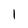
Character: l